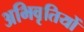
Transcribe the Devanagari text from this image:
अभिवृतियों